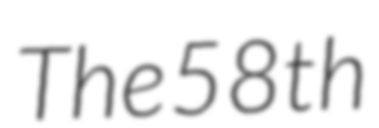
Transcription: The 58th